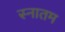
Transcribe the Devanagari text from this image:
स्नातम